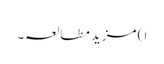
ا ) مزید مطالعہ۔